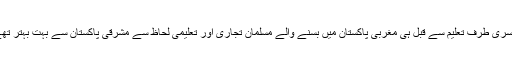
دوسری طرف تعلیم سے قبل ہی مغربی پاکستان میں بسنے والے مسلمان تجاری اور تعلیمی لحاظ سے مشرقی پاکستان سے بہت بہتر تھے۔